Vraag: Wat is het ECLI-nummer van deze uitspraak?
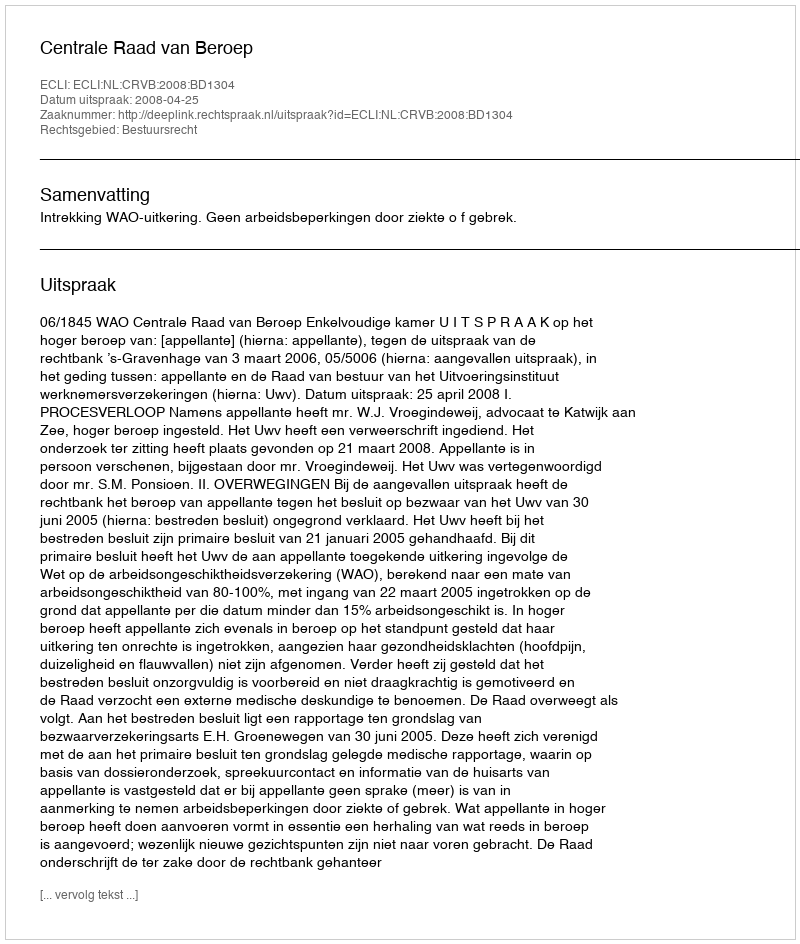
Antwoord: ECLI:NL:CRVB:2008:BD1304